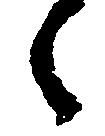
々